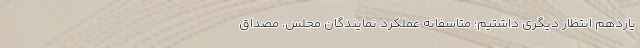
یازدهم انتظار دیگری داشتیم؛ متاسفانه عملکرد نمایندگان مجلس، مصداق